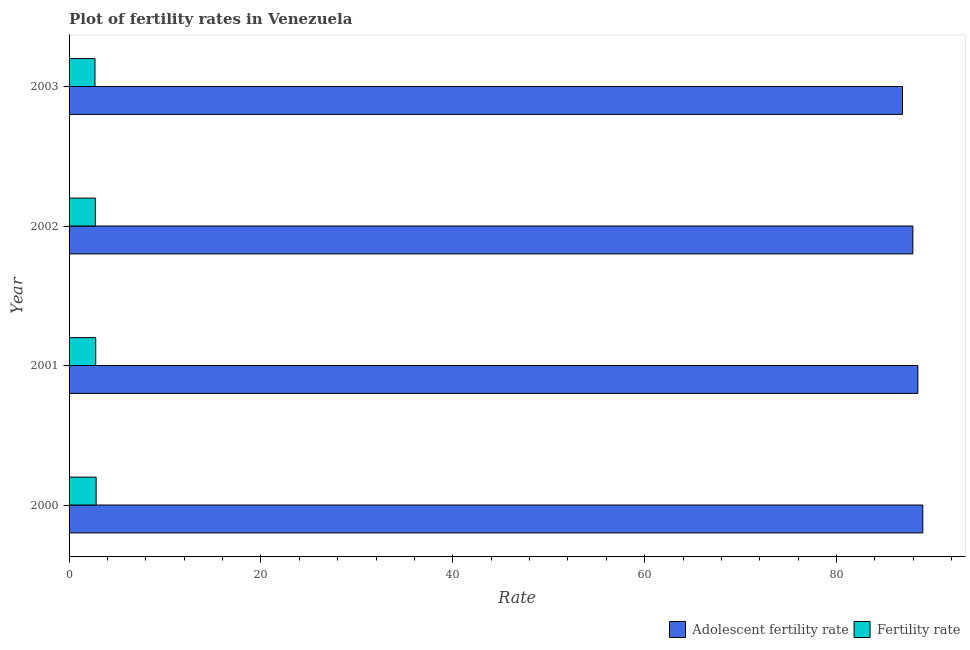
| Year | Adolescent fertility rate | Fertility rate |
 | --- | --- | --- |
 | 2000 | 89 | 2.82 |
 | 2001 | 88.5 | 2.78 |
 | 2002 | 88 | 2.74 |
 | 2003 | 86.9 | 2.7 |